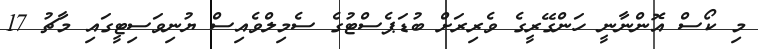
މި ކޯސް އޮންނާނީ ހަންގޭރީގެ ވެރިރަށް ބުޑަޕެސްޓުގެ ސެމިލްވެއިސް ޔުނިވަސިޓީގައި މާޗު 17